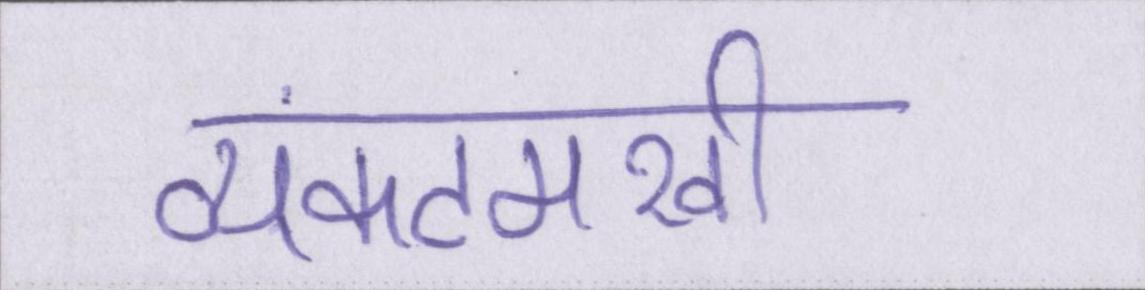
व्यंकटमखी